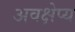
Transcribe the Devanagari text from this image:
अवक्षेप्य